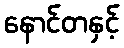
နောင်တနှင့်